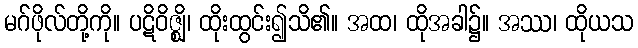
မဂ်ဖိုလ်တို့ကို။ ပဋိဝိဇ္ဈိ၊ ထိုးထွင်း၍သိ၏။ အထ၊ ထိုအခါ၌။ အဿ၊ ထိုယသ